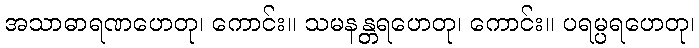
အသာဓာရဏဟေတု၊ ကောင်း။ သမနန္တရဟေတု၊ ကောင်း။ ပရမ္ပရဟေတု၊